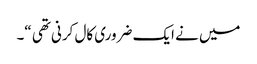
میں نے ایک ضروری کال کرنی تھی “۔